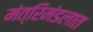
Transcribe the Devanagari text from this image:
मंत्रिमंडलात